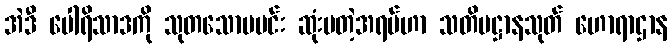
အဲဒီ ပေါရိသာဒကို သုတသောမမင်း ဆုံးမတဲ့အရပ်ဟာ သတိပဋ္ဌာနသုတ် ဟောရာဌာန